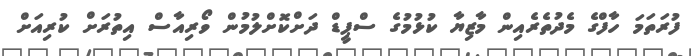
ފުރަތަމަ ހާފްގެ މެދުތެރެއިން މާޒިޔާ ކުޅުމުގެ ސްޕީޑް ދަށްކޮށްލުމުން ވޯރިއާސް އިތުރަށް ކުރިއަށް